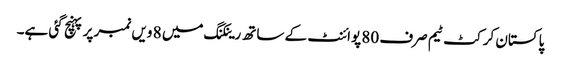
پاکستان کرکٹ ٹیم صرف 80 پوائنٹ کے ساتھ رینکنگ میں 8 ویں نمبر پر پہنچ گئی ہے۔